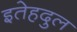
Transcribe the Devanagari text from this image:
इतेहदुल